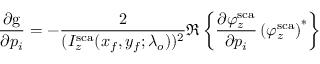
\frac { \partial \mathrm { g } } { \partial p _ { i } } = - \frac { 2 } { ( I _ { z } ^ { \mathrm { s c a } } ( x _ { f } , y _ { f } ; \lambda _ { o } ) ) ^ { 2 } } \Re \left\{ \frac { \partial \varphi _ { z } ^ { \mathrm { s c a } } } { \partial p _ { i } } \left( \varphi _ { z } ^ { \mathrm { s c a } } \right) ^ { * } \right\}